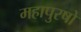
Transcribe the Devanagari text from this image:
महापुरषो